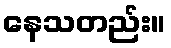
နေသတည်း။